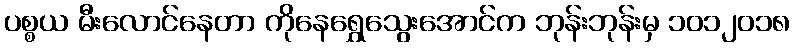
ပစ္စယ မီးလောင်နေတာ ကိုနေရွှေသွေးအောင်က ဘုန်းဘုန်းမှ ၁၀၁၂၀၁၈